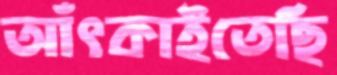
আঁৎকাইতেছি